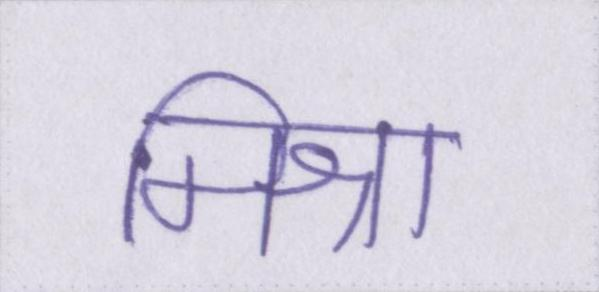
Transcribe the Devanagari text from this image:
मिश्रा